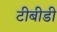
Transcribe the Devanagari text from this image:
टीबीडी